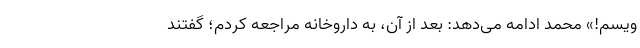
ویسم!» محمد ادامه می‌دهد: بعد از آن، به داروخانه مراجعه کردم؛ گفتند